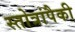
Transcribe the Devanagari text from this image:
स्तोत्रांपैकी